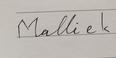
Signature authenticity: forged